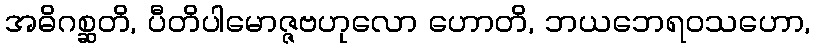
အဓိဂစ္ဆတိ, ပီတိပါမောဇ္ဇဗဟုလော ဟောတိ, ဘယဘေရဝသဟော,